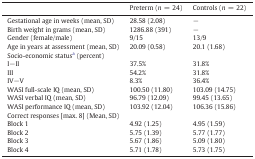
<table><thead><tr><td></td><td><b>Preterm (<i>n</i> = 24)</b></td><td><b>Controls (<i>n</i> = 22)</b></td></tr></thead><tbody><tr><td>Gestational age in weeks (mean, SD)</td><td>28.58 (2.08)</td><td>−</td></tr><tr><td>Birth weight in grams (mean, SD)</td><td>1286.88 (391)</td><td>−</td></tr><tr><td>Gender (female/male)</td><td>9/15</td><td>13/9</td></tr><tr><td>Age in years at assessment (mean, SD)</td><td>20.09 (0.58)</td><td>20.1 (1.68)</td></tr><tr><td>Socio-economic statusa (percent)</td><td></td><td></td></tr><tr><td>I−II</td><td>37.5%</td><td>31.8%</td></tr><tr><td>III</td><td>54.2%</td><td>31.8%</td></tr><tr><td>IV−V</td><td>8.3%</td><td>36.4%</td></tr><tr><td>WASI full-scale IQ (mean, SD)</td><td>100.50 (11.80)</td><td>103.09 (14.75)</td></tr><tr><td>WASI verbal IQ (mean, SD)</td><td>96.79 (12.09)</td><td>99.45 (13.65)</td></tr><tr><td>WASI performance IQ (mean, SD)</td><td>103.92 (12.04)</td><td>106.36 (15.86)</td></tr><tr><td>Correct responses [max. 8] (Mean, SD)</td><td></td><td></td></tr><tr><td>Block 1</td><td>4.92 (1.25)</td><td>4.95 (1.59)</td></tr><tr><td>Block 2</td><td>5.75 (1.39)</td><td>5.77 (1.77)</td></tr><tr><td>Block 3</td><td>5.67 (1.86)</td><td>5.09 (1.80)</td></tr><tr><td>Block 4</td><td>5.71 (1.78)</td><td>5.73 (1.75)</td></tr></tbody></table>